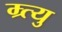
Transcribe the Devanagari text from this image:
म्र्त्यु